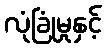
လုံခြုံမှုနှင့်